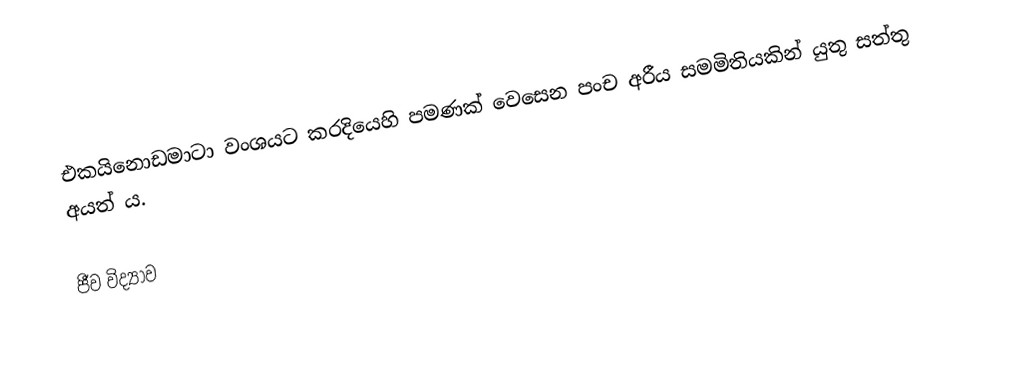
එකයිනොඩමාටා වංශයට කරදියෙහි පමණක් වෙසෙන පංච අරීය සමමිතියකින් යුතු සත්තු අයත් ය.

ජීව විද්‍යාව